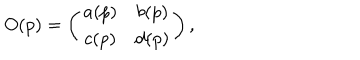
LaTeX: O ( p ) = \left( \begin{matrix} { { a ( p ) } } & { { b ( p ) } } \\ { { c ( p ) } } & { { d ( p ) } } \\ \end{matrix} \right) ,